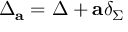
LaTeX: \Delta _ { \bf a } = \Delta + { \bf a } \delta _ { \Sigma }